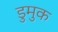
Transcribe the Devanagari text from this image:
डुमुक